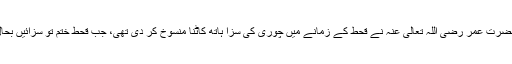
حضرت عمر رضی اللہ تعالیٰ عنہ نے قحط کے زمانے میں چوری کی سزا ہاتھ کاٹنا منسوخ کر دی تھی، جب قحط ختم تو سزائیں بحال۔